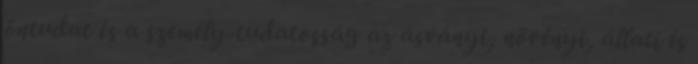
öntudat és a személy-tudatosság az ásványi, növényi, állati és